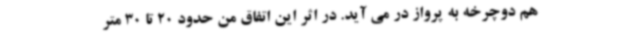
هم دوچرخه به پرواز در می آید. در اثر این اتفاق من حدود 20 تا 30 متر